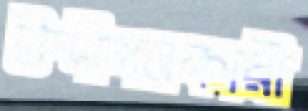
উদ্দীপনকারী